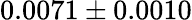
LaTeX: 0.0071\pm 0.0010